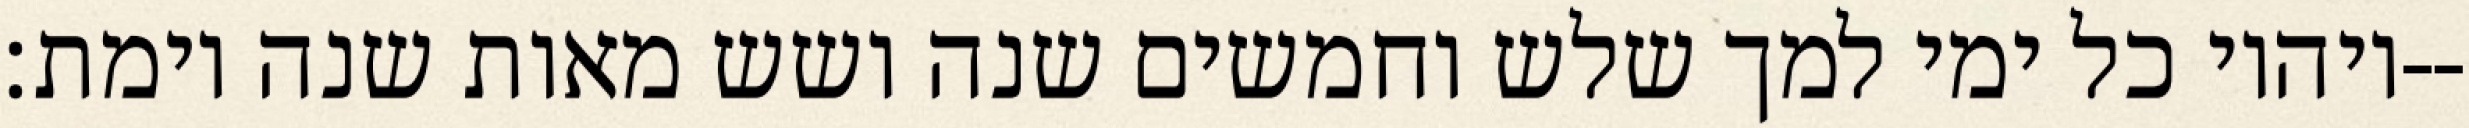
ויהיו כל ימי למך שלש וחמשים שנה ושש מאות שנה וימת׃--